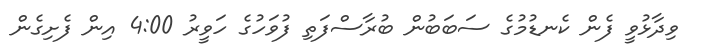
ވިދާޅުވީ ފެން ކެނޑުމުގެ ސަބަބުން ބުރާސްފަތި ފުވަހުގެ ހަވީރު 4:00 އިން ފެށިގެން